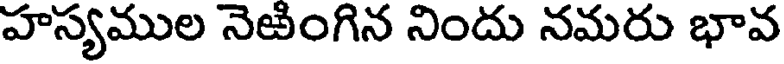
హస్యముల నెఱింగిన నిందు నమరు భావ